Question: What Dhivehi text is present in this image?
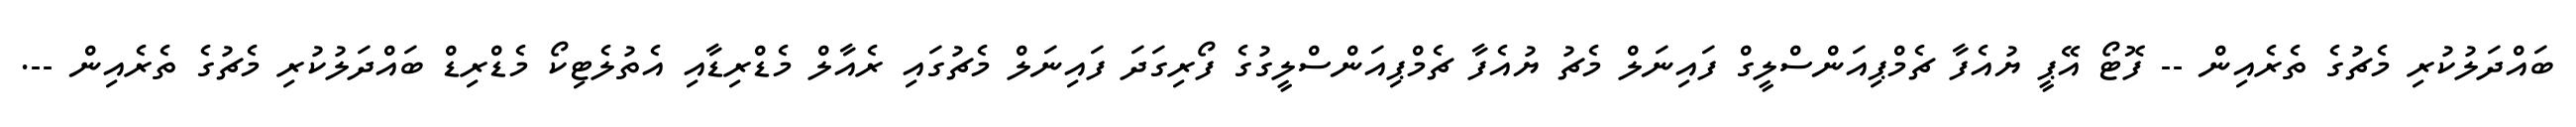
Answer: ބައްދަލުކުރި މެޗުގެ ތެރެއިން -- ފޮޓޯ އޭޕީ ޔުއެފާ ޗެމްޕިއަންސްލީގް ފައިނަލް މެޗު ޔުއެފާ ޗެމްޕިއަންސްލީގުގެ ފޯރިގަދަ ފައިނަލް މެޗުގައި ރެއާލް މެޑްރިޑާއި އެތުލެޓިކޯ މެޑްރިޑް ބައްދަލުކުރި މެޗުގެ ތެރެއިން --.